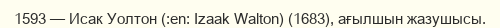
1593 — Исак Уолтон (:en: Izaak Walton) (1683), ағылшын жазушысы.